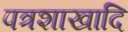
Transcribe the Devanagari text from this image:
पत्रशाखादि